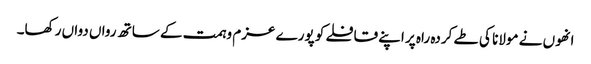
انھوں نے مولانا کی طے کردہ راہ پر اپنے قافلے کو پورے عزم وہمت کے ساتھ رواں دواں رکھا۔